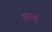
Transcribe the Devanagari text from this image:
झाण्डु